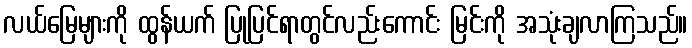
လယ်မြေများကို ထွန်ယက် ပြုပြင်ရာတွင်လည်းကောင်း မြင်းကို အသုံးချလာကြသည်။